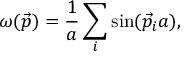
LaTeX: \omega ( \vec { p } ) = { \frac { 1 } { a } } \sum _ { i } \sin ( \vec { p } _ { i } a ) ,